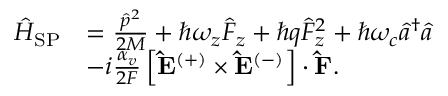
\begin{array} { r l } { \hat { H } _ { \mathrm { S P } } } & { = \frac { \hat { p } ^ { 2 } } { 2 M } + \hbar \omega _ { z } \hat { F } _ { z } + \hbar q \hat { F } _ { z } ^ { 2 } + \hbar \omega _ { c } \hat { a } ^ { \dagger } \hat { a } } \\ & { - i \frac { \alpha _ { v } } { 2 F } \left[ \mathbf { \hat { E } ^ { ( + ) } } \times \mathbf { \hat { E } } ^ { ( - ) } \right] \cdot \mathbf { \hat { F } } . } \end{array}